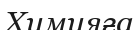
Химияға